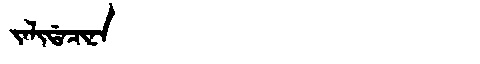
Manchu: ᠵᠠᠯᡳᡩᠠᠴᡳᠨᠠ
Romanization: JALIDACINA